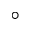
^ { \circ }